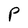
Character: P